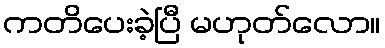
ကတိပေးခဲ့ပြီ မဟုတ်လော။